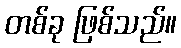
တစ်ခု ဖြစ်သည်။